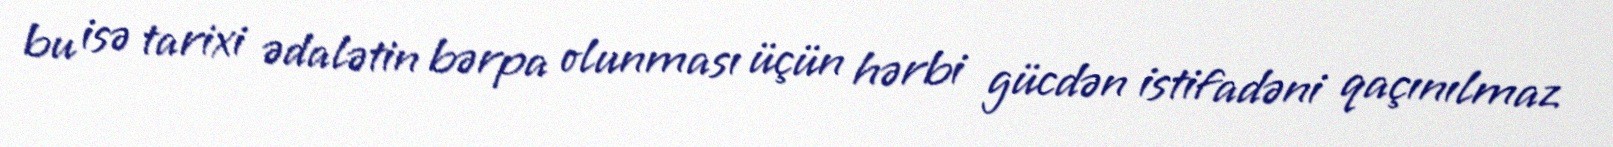
bu isə tarixi ədalətin bərpa olunması üçün hərbi gücdən istifadəni qaçınılmaz